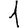
Digit: 1